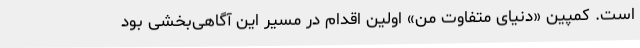
است. کمپین «دنیای متفاوت من» اولین اقدام در مسیر این آگاهی‌بخشی بود